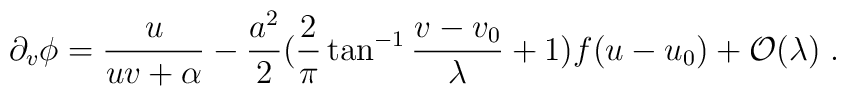
\partial_v \phi = \frac{u}{u v + \alpha}- \frac{a^2}{2} (\frac{2}{\pi} \tan^{- 1} \frac{v - v_0}{\lambda} + 1) f(u - u_0) + {\cal O}(\lambda) \; .